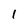
Character: 1